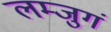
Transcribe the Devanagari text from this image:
लम्जुगं